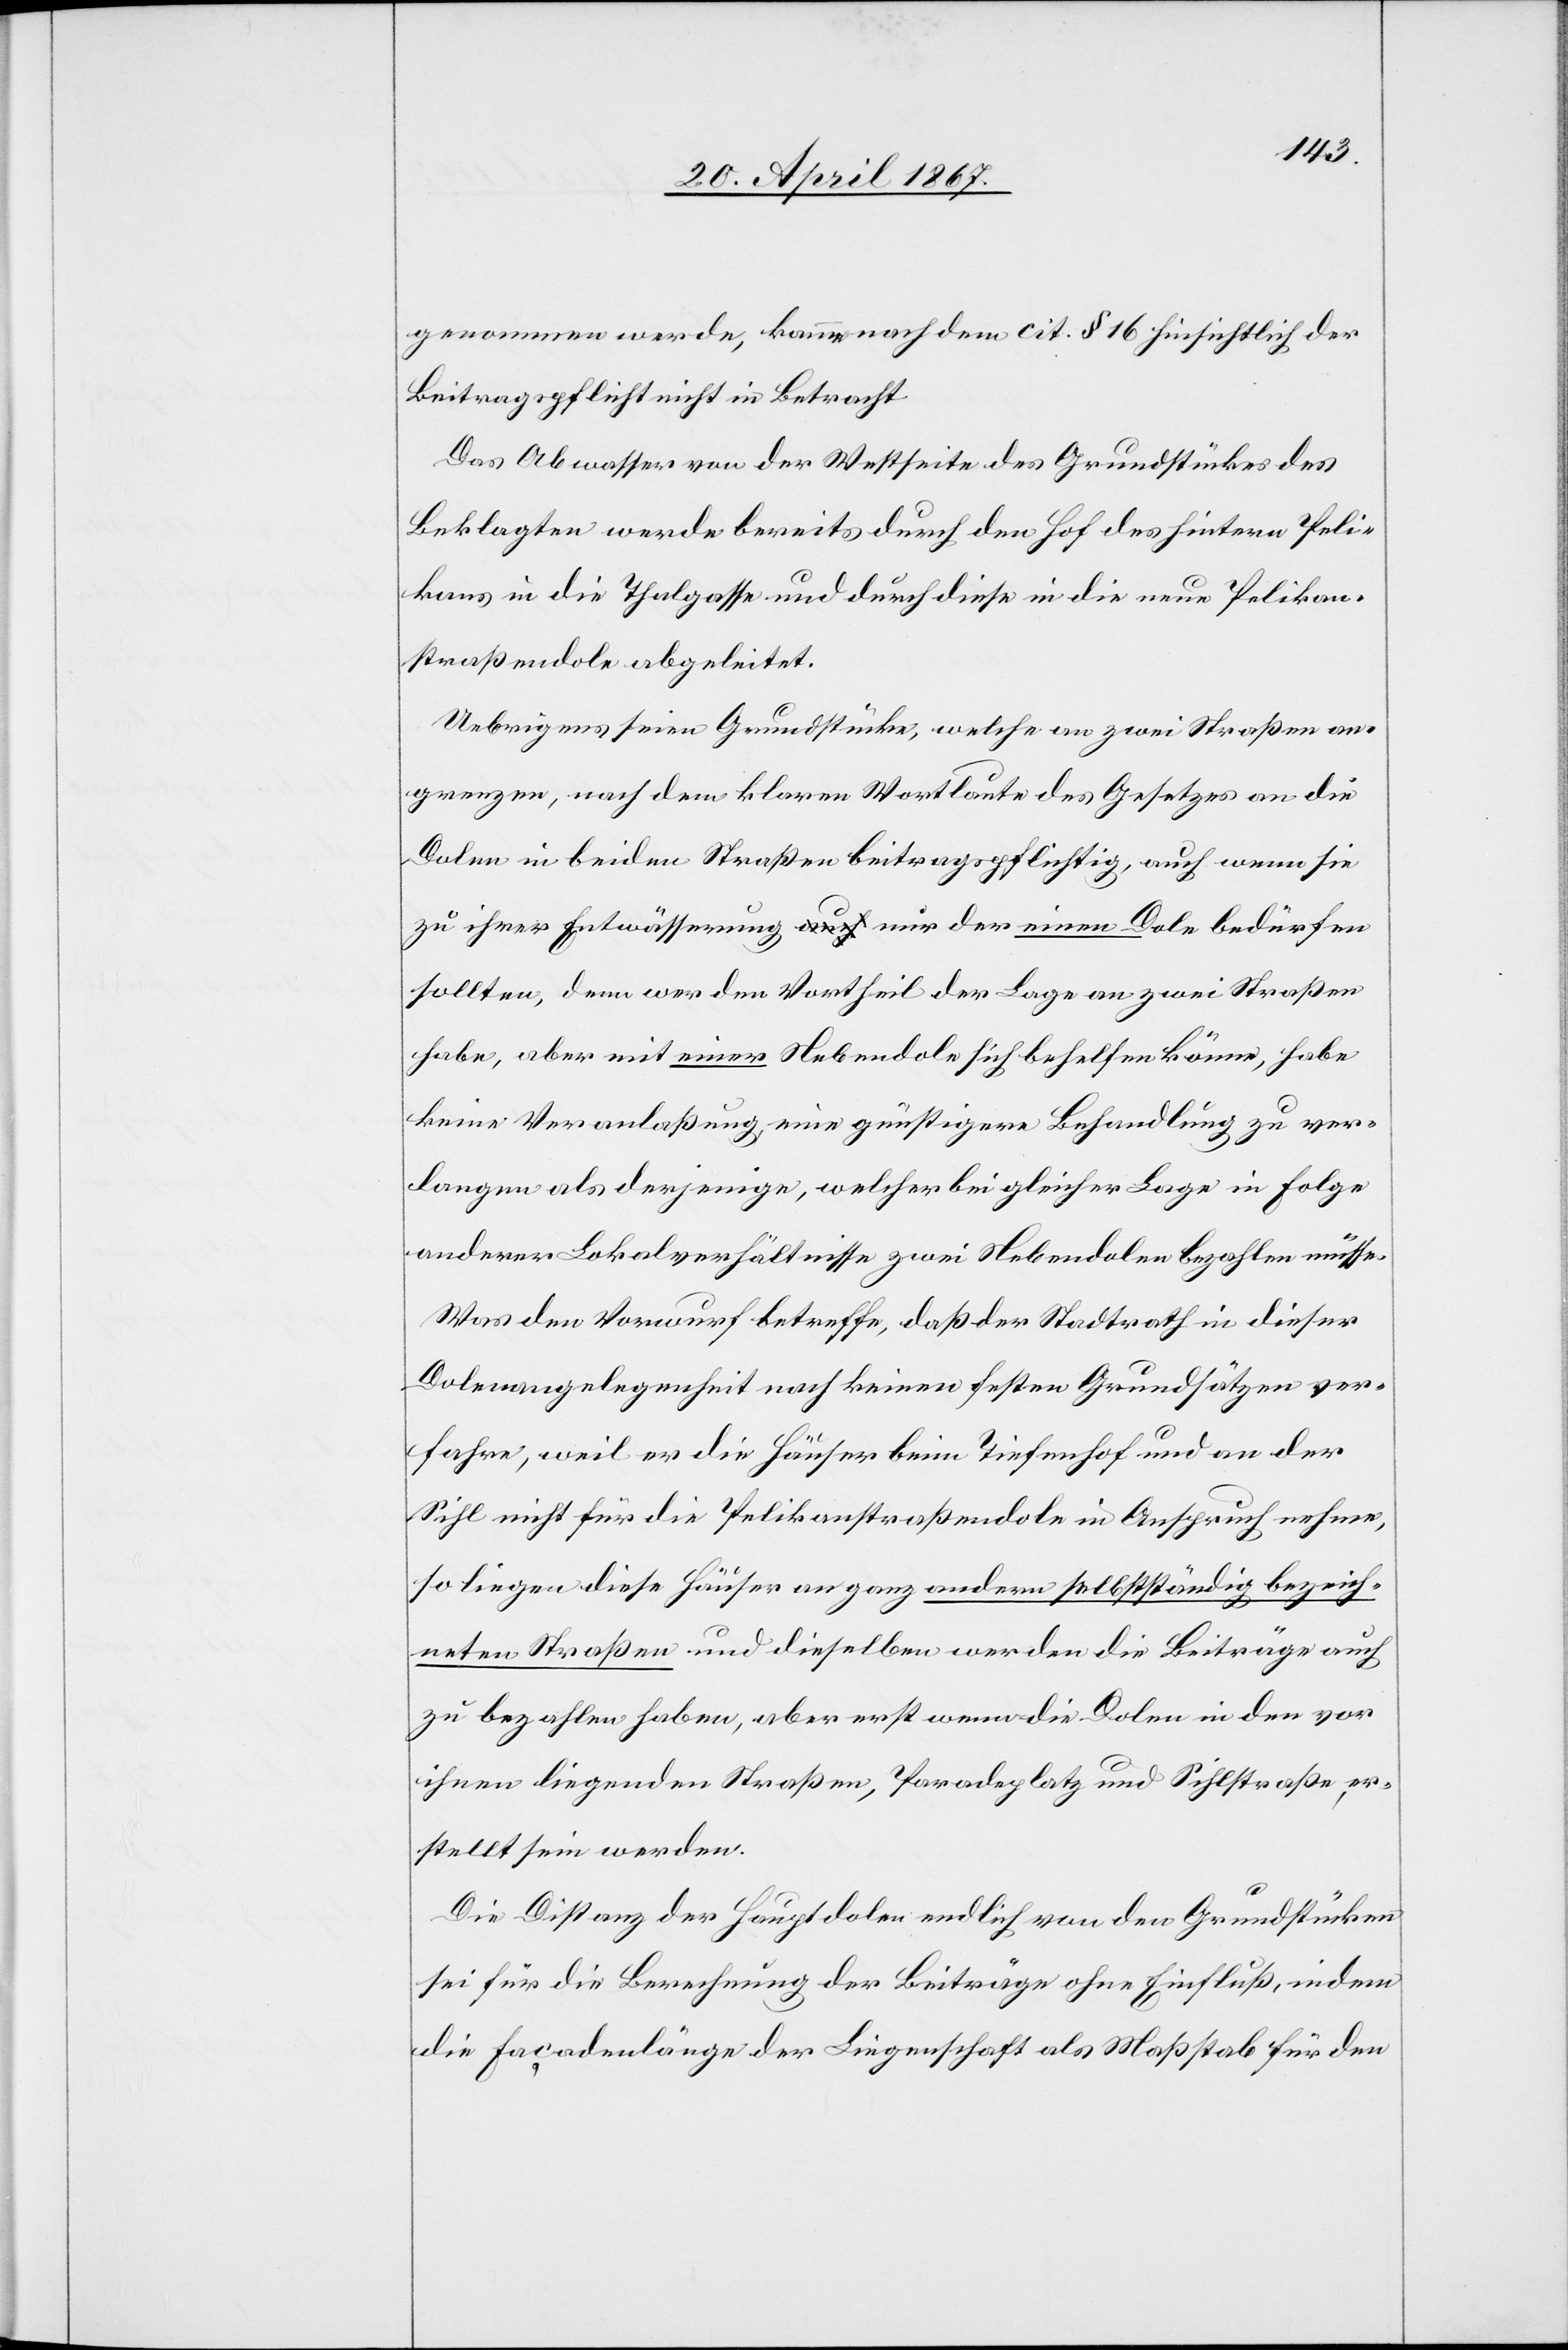
genommen werde, komme nach dem cit § 16 der Beitragspflicht in
Das Abwasser von der Westseite des Grundstückes des
Beklagten werde bereits durch den Hof des hintern Peli¬
kans in die Thalgasse und durch diese in die neue Pelikan¬
straßendole abgeleitet.
Uebrigens seien Grundstücke, welche an zwei Straßen an¬
grenzen, nach dem klaren Wortlaute des Gesetzes an die
Dolen in beiden Straßen beitragspflichtig, auch wenn sie
zu ihrer Entwässerung nur der einen Dole bedürfen
sollten, denn wer den Vortheil der Lage an zwei Straßen
habe, aber mit einer Nebendole sich behelfen könne, habe
keine Veranlaßung eine günstigere Behandlung zu ver¬
langen als derjenige, welcher bei gleicher Lage in Folge
anderer Lokalverhältnisse zwei Nebendolen bezahlen müsse.
Was den Vorwurf betreffe, daß der Stadtrath in dieser
Dolenangelegenheit nach keinen festen Grundsätzen ver¬
fahre, weil er die Häuser beim Tiefenhof und an der
Sihl nicht für die Pelikanstraßendole in Anspruch nehme,
so liegen diese Häuser an ganz andern selbstständig bezeich¬
neten Straßen und dieselben werden die Beiträge auch
zu bezahlen haben, aber erst wenn die Dolen in den vor
ihnen liegenden Straßen, Paradeplatz und Sihlstraße, er¬
stellt sein werden.
Die Distanz der Hauptdolen endlich von den Grundstücken
sei für die Berechnung der Beiträge ohne Einfluß, indem
die Façadenlänge der Liegenschaft als Maßstab für den